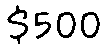
$500